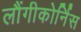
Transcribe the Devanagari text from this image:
लौंगीकोर्निस